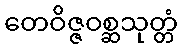
တေဝိဇ္ဇဝစ္ဆသုတ္တံ